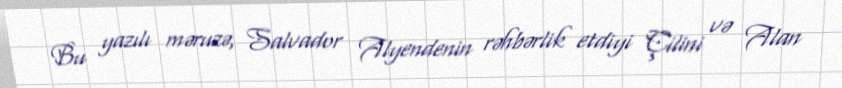
Bu yazılı məruzə, Salvador Alyendenin rəhbərlik etdiyi Çilini və Alan